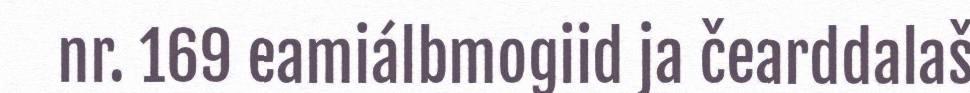
nr. 169 eamiálbmogiid ja čearddalaš